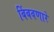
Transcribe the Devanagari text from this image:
बिंबवणारे